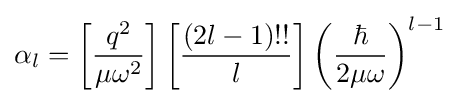
\alpha _{l}=\left[{\frac {q^{2}}{\mu \omega ^{2}}}\right]\left[{\frac {(2l-1)!!}{l}}\right]\left({\frac {\hbar }{2\mu \omega }}\right)^{l-1}